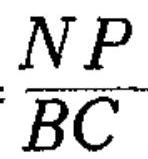
$\frac{NP}{BC}$